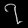
Digit: ၇